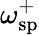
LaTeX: \omega_{\mathrm{sp}}^{+}